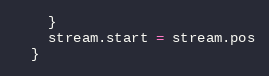
Language: JavaScript
    }
    stream.start = stream.pos
  }